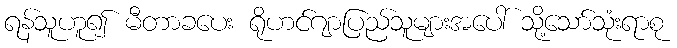
ရန်သူဟူ၍ မီတာခပေး ရိုဟင်ဂျာပြည်သူများအပေါ် သို့သော်သုံးရာစု